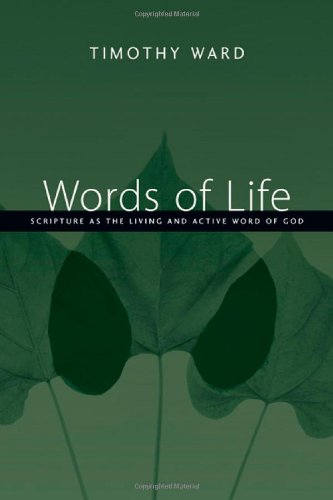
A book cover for Words of Life: Scripture as the Living and Active Word of God; Timothy Ward; Christian Books & Bibles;